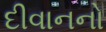
દીવાનનો